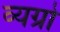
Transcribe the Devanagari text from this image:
व्यग्रो